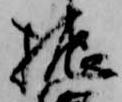
振